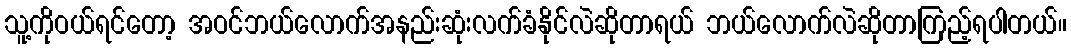
သူ့ကိုဝယ်ရင်တော့ အဝင်ဘယ်လောက်အနည်းဆုံးလက်ခံနိုင်လဲဆိုတာရယ် ဘယ်လောက်လဲဆိုတာကြည့်ရပါတယ်။